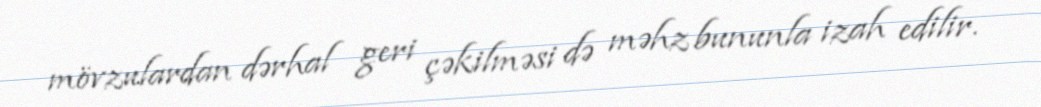
mövzulardan dərhal geri çəkilməsi də məhz bununla izah edilir.